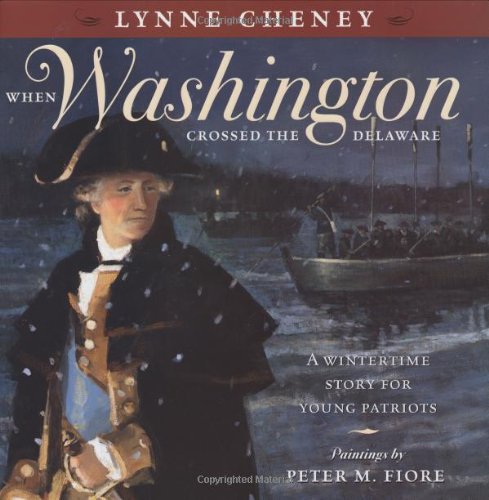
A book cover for When Washington Crossed the Delaware; Lynne Cheney; Children's Books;